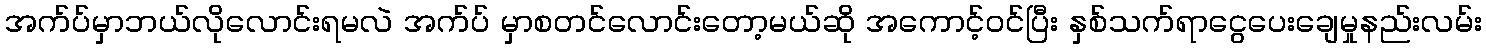
အက်ပ်မှာဘယ်လိုလောင်းရမလဲ အက်ပ် မှာစတင်လောင်းတော့မယ်ဆို အကောင့်ဝင်ပြီး နှစ်သက်ရာငွေပေးချေမှုနည်းလမ်း